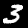
Label: 3